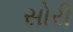
સોરી